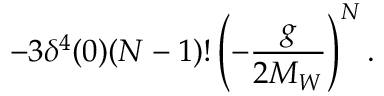
- 3 \delta ^ { 4 } ( 0 ) ( N - 1 ) ! \left( - \frac { g } { 2 M _ { W } } \right) ^ { N } .